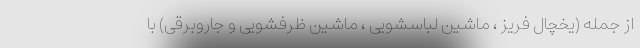
از جمله (یخچال فریز ، ماشین لباسشویی ، ماشین ظرفشویی و جاروبرقی) با